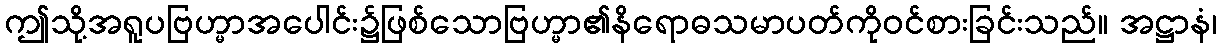
ဤသို့အရူပဗြဟ္မာအပေါင်း၌ဖြစ်သောဗြဟ္မာ၏နိရောဓသမာပတ်ကိုဝင်စားခြင်းသည်။ အဋ္ဌာနံ၊